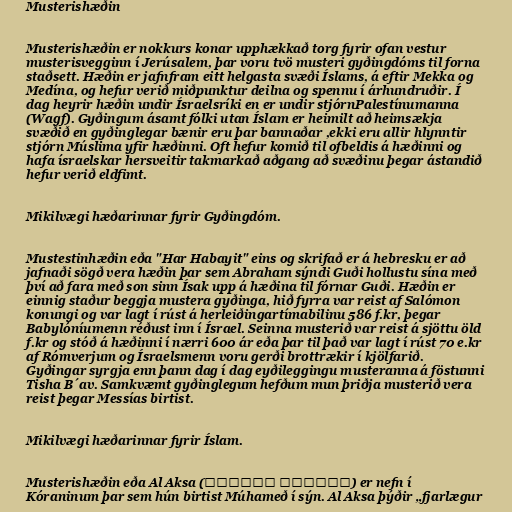
Musterishæðin

Musterishæðin er nokkurs konar upphækkað torg fyrir ofan vestur
musterisvegginn í Jerúsalem, þar voru tvö musteri gyðingdóms til forna
staðsett. Hæðin er jafnfram eitt helgasta svæði Íslams, á eftir Mekka og
Medína, og hefur verið miðpunktur deilna og spennu í árhundruðir. Í
dag heyrir hæðin undir Ísraelsríki en er undir stjórnPalestínumanna
(Wagf). Gyðingum ásamt fólki utan Íslam er heimilt að heimsækja
svæðið en gyðinglegar bænir eru þar bannaðar ,ekki eru allir hlynntir
stjórn Múslima yfir hæðinni. Oft hefur komið til ofbeldis á hæðinni og
hafa ísraelskar hersveitir takmarkað aðgang að svæðinu þegar ástandið
hefur verið eldfimt.

Mikilvægi hæðarinnar fyrir Gyðingdóm.

Mustestinhæðin eða "Har Habayit" eins og skrifað er á hebresku er að
jafnaði sögð vera hæðin þar sem Abraham sýndi Guði hollustu sína með
því að fara með son sinn Ísak upp á hæðina til fórnar Guði. Hæðin er
einnig staður beggja mustera gyðinga, hið fyrra var reist af Salómon
konungi og var lagt í rúst á herleiðingartímabilinu 586 f.kr, þegar
Babylóníumenn réðust inn í Ísrael. Seinna musterið var reist á sjöttu öld
f.kr og stóð á hæðinni í nærri 600 ár eða þar til það var lagt í rúst 70 e.kr
af Rómverjum og Ísraelsmenn voru gerði brottrækir í kjölfarið.
Gyðingar syrgja enn þann dag í dag eyðileggingu musteranna á föstunni
Tisha B´av. Samkvæmt gyðinglegum hefðum mun þriðja musterið vera
reist þegar Messías birtist.

Mikilvægi hæðarinnar fyrir Íslam.

Musterishæðin eða Al Aksa (المغرب الأقصى) er nefn í
Kóraninum þar sem hún birtist Múhameð í sýn. Al Aksa þýðir „fjarlægur